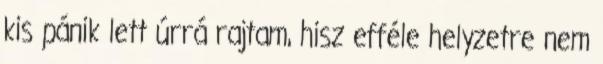
kis pánik lett úrrá rajtam, hisz efféle helyzetre nem